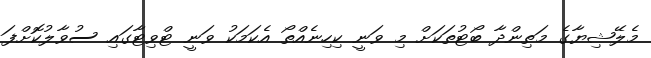
މެލޭޝިޔާގެ މަތިންދާ ބޯޓުތަކަށް މި ވަނީ ކިހިނެއްތޯ އެކަމަކު ވަނީ ޓްވިޓާގައި ސުވާލުކޮށްފަ